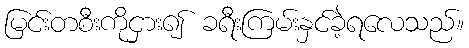
မြင်းတစီးကိုငှား၍ ခရီးကြမ်းနှင်ခဲ့ရလေသည်။